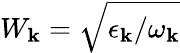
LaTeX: W_{\mathbf{k}}=\sqrt{\epsilon_{\mathbf{k}}/\omega_{\mathbf{k}}}